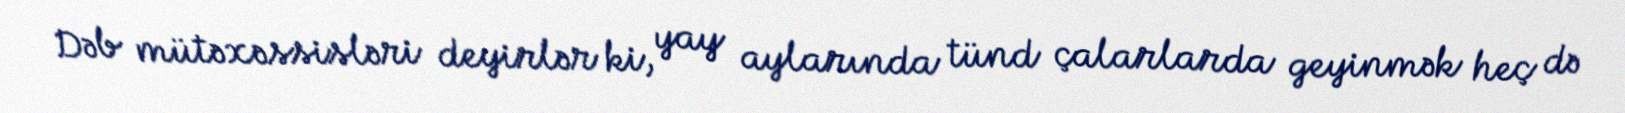
Dəb mütəxəssisləri deyirlər ki, yay aylarında tünd çalarlarda geyinmək heç də